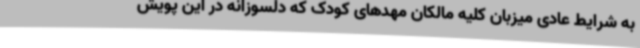
به شرایط عادی میزبان کلیه مالکان مهدهای کودک که دلسوزانه در این پویش